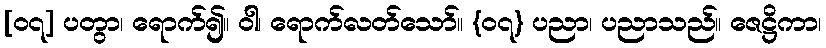
[၀၇] ပတွာ၊ ရောက်၍။ ဝါ၊ ရောက်လတ်သော်။ {၀၇} ပညာ၊ ပညာသည်။ ဇေဋ္ဌိကာ၊